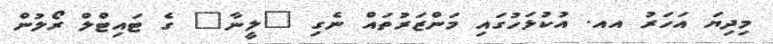
މިދިޔަ އަހަރު އއ. އުކުޅަހުގައި މަންޒަރުތައް ނެގި "ލީނާ" ގެ ޓައިޓްލް ރޯލުން